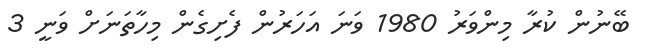
ބޭނުން ކުރާ މިންވަރު 1980 ވަނަ އަހަރުން ފެށިގެން މިހާތަނަށް ވަނީ 3